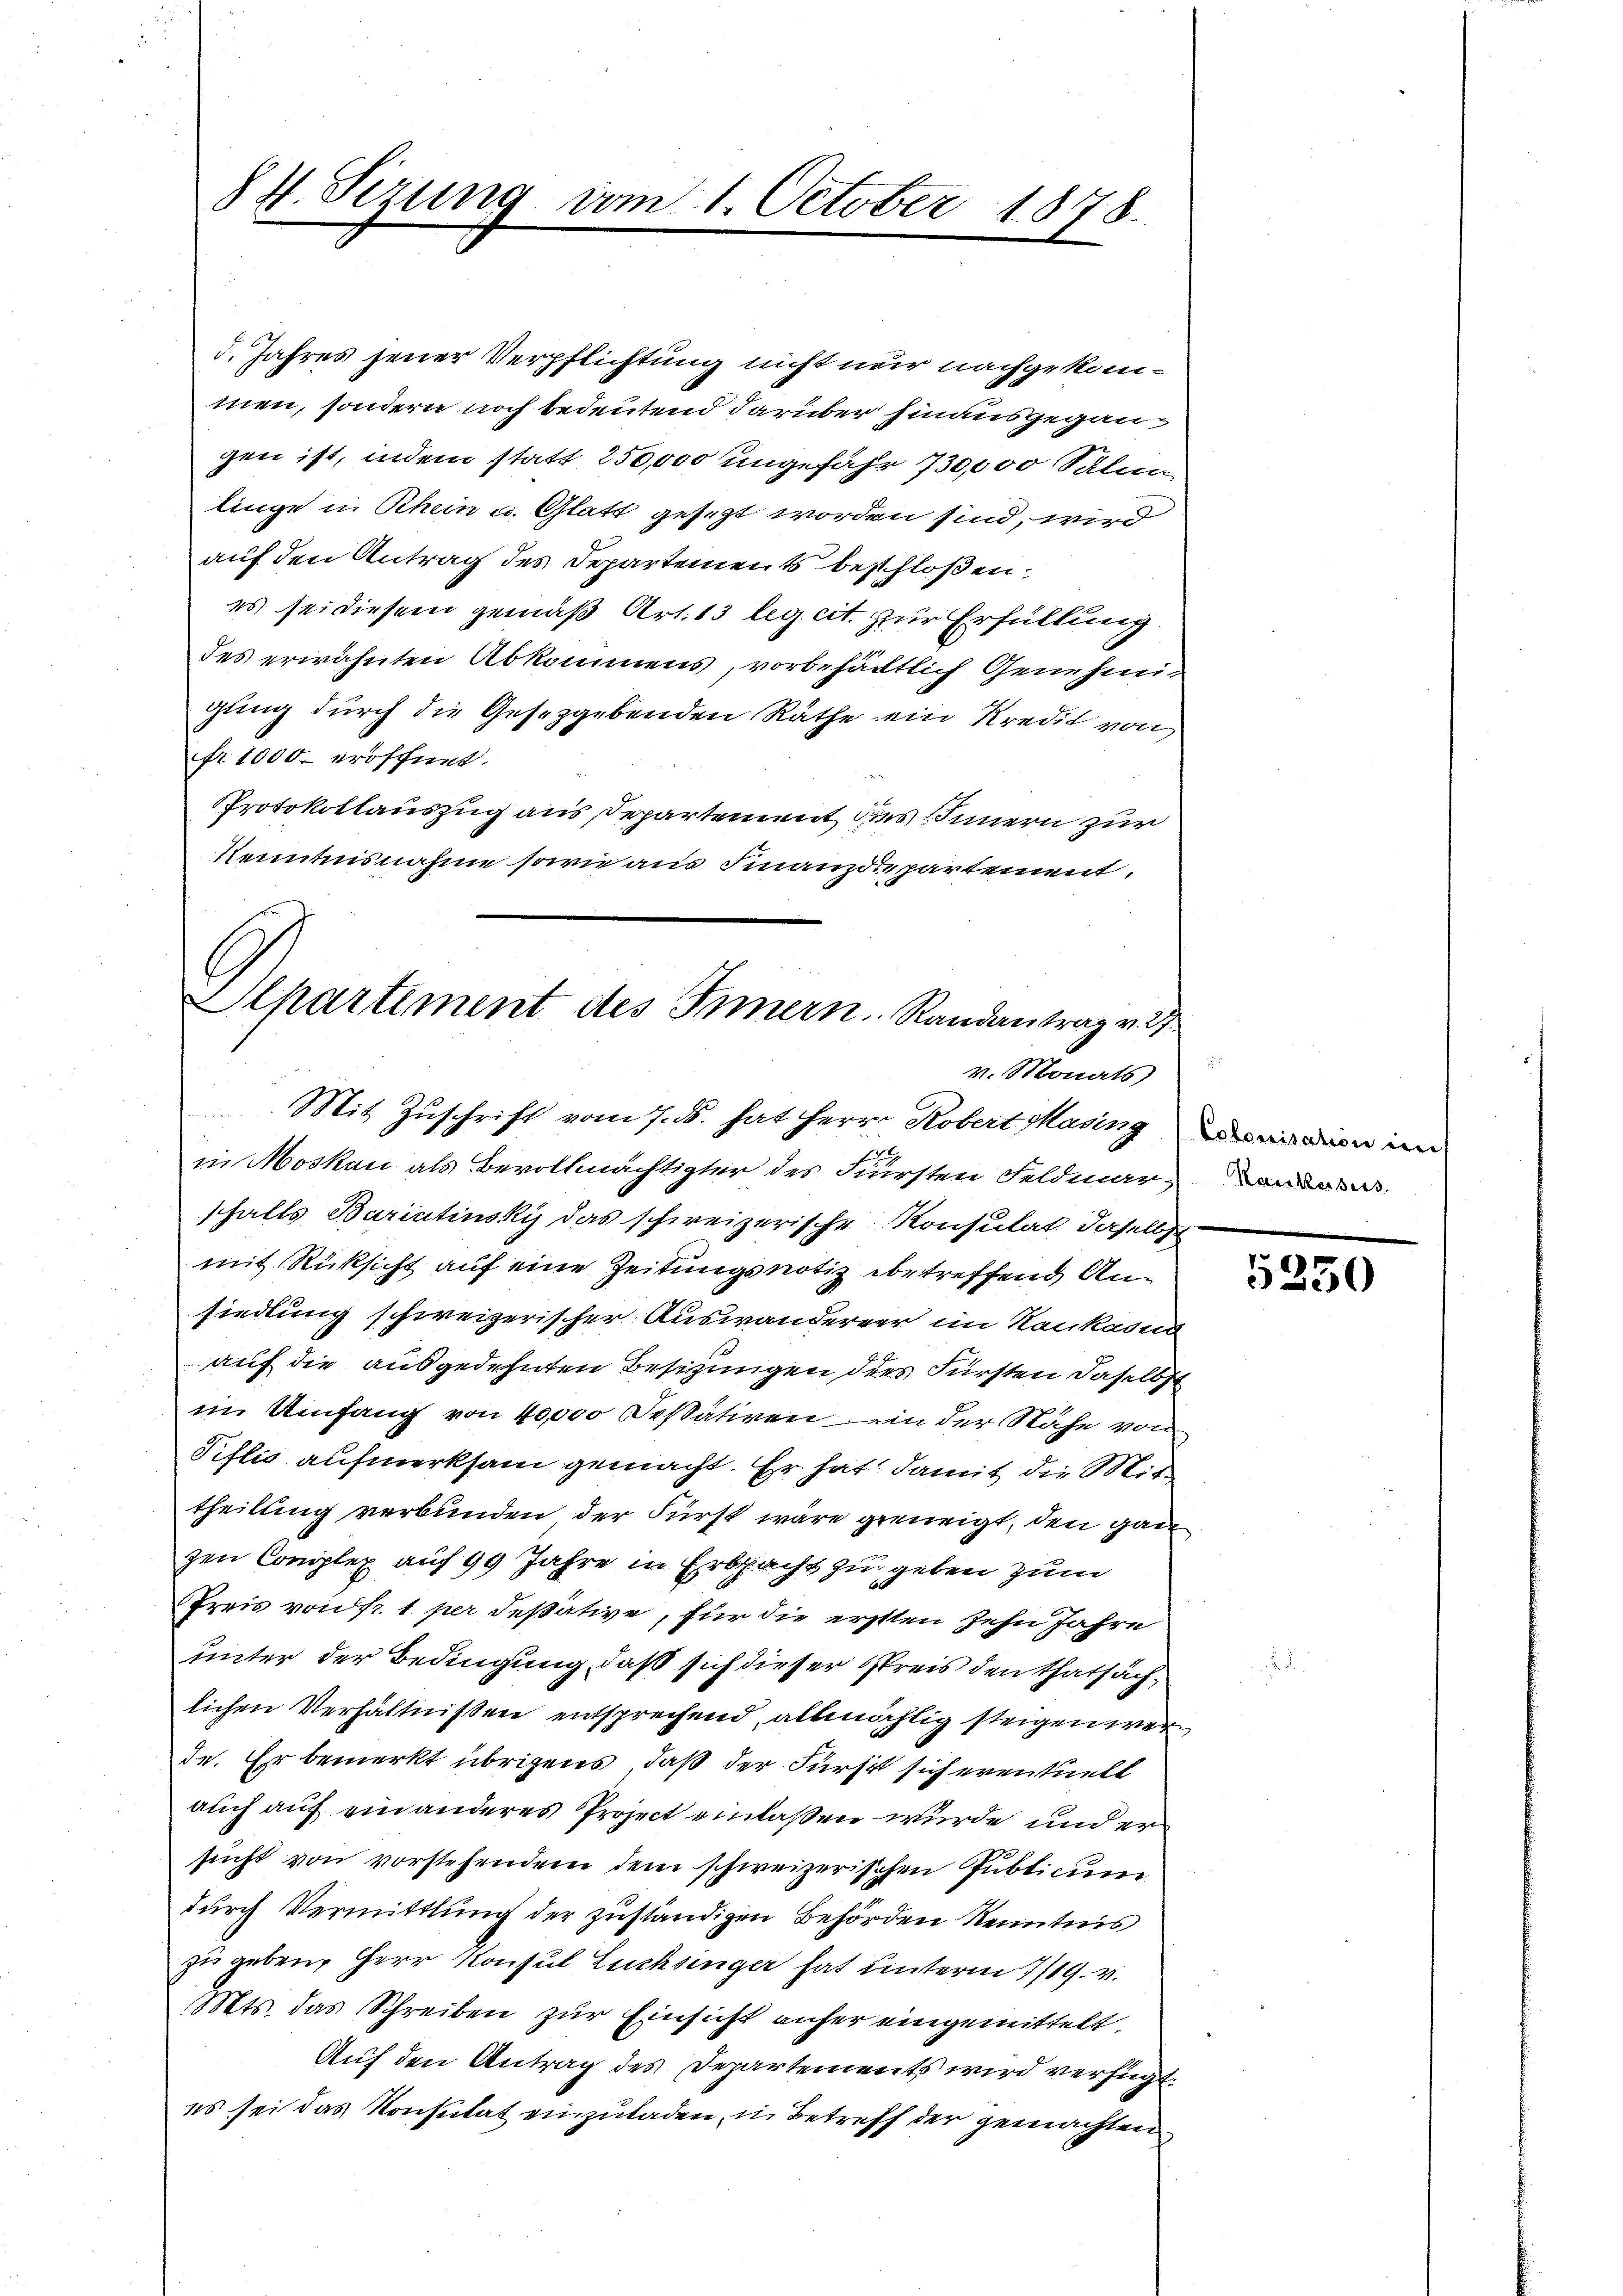
84. Sizung vom 1. October 1878.

d. Jahres jener Verpflichtung nicht nur nachgekommen, sondern noch bedeutend darüber hinausgegangen ist, indem statt 250,000 ungefähr 730,000 Salen
linge in Rhein u. Glatt gesezt worden sind, wird
auf den Antrag des Departements beschloßen:
es sei diesem gemäß Art. 13 leg cit. zur Erfüllung.
des erwähnten Abkommens, vorbehältlich Genehmigung durch die Gesetzgebenden Räthe ein Kredit von
fr. 1000. eröffnet.
Protokollauszug aus Departement des Innern zur
Kenntnisnahme sowie aus Finanzdepartement.
Apartement des Innern Randantrag v. 27

v. Monats

Mit Zuschrift vom 7. ds. hat Herrn Robert Masing in den im
in Moskau als Bevollmächtigter des Fürsten Feldmar
schalls Bariatinski das schweizerische Konsulat daselbst
mit Rücksicht auf eine Zeitungsnotiz betreffend Ansiedlung schweizerischer Auswanderner im Rankamen
auf die ausgedehnten Besitzungen dies Fürsten daselbst
im Umfang von 40000 Dessatiren in der Nähe von
Piflis aufmerksam gemacht. Er hat, damit die Mittheilung verbunden der Fürst wäre geneigt, den gan
zen Complex auf 99 Jahre in Erbpacht zu geben zum
Preis von fr. 1. per deßative, für die ersten Zehn Jahre
unter der Bedingung, daß sich dieser Preis den Thatsächlichen Verhältnißen entsprechend, allmählig steigen werde. Er bemerkt übrigens, daß der Fürst sich eventuell
auch auf ein anderes Project einlaßen wurde und er
sucht von vorstehendem dem schweizerischen Publicum
durch Vermittlung der zuständigen Behörden Kenntnis
zu geben, Herr Konsul Luchsinger hat unterm 7/19. v.
Mts. das Schreiben zur Einsicht anfer eingemittelt.
Auf den Antrag des Departements wird verfügt,
es sei das Konsulat einzuladen, in Betreff der gemachten

Kaeskessus.

5250